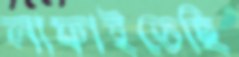
লাফাইতেছি